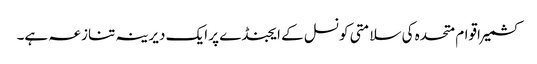
کشمیر اقوام متحدہ کی سلامتی کونسل کے ایجنڈے پر ایک دیرینہ تنازعہ ہے۔